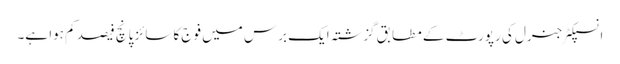
انسپکٹر جنرل کی رپورٹ کے مطابق گزشتہ ایک برس میں فوج کا سائز پانچ فیصد کم ہوا ہے۔